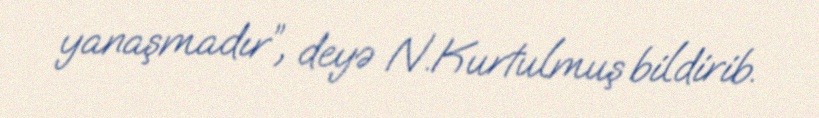
yanaşmadır”, deyə N.Kurtulmuş bildirib.